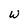
Character: W